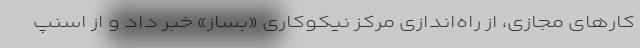
‌کارهای مجازی، از راه‌اندازی مرکز نیکوکاری «بساز» خبر داد و از اسنپ